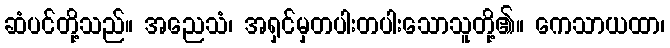
ဆံပင်တို့သည်။ အညေသံ၊ အရှင်မှတပါးတပါးသောသူတို့၏။ ကေသာယထာ၊